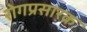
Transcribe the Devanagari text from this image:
रोगप्रसारक